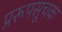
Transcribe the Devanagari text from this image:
प्ररूपसूचक